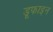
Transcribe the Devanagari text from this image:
डूफाइन